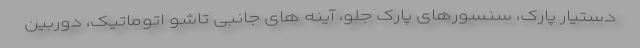
دستیار پارک، سنسورهای پارک جلو، آینه های جانبی تاشو اتوماتیک، دوربین